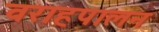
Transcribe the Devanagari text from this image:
वराहपालन